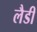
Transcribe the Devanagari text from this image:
लैडी